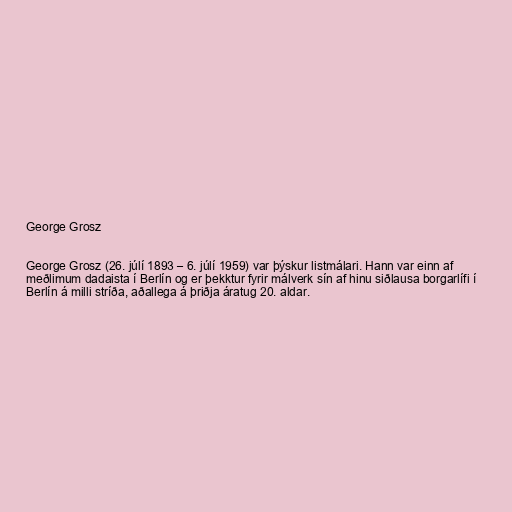
George Grosz

George Grosz (26. júlí 1893 – 6. júlí 1959) var þýskur listmálari. Hann var einn af
meðlimum dadaista í Berlín og er þekktur fyrir málverk sín af hinu siðlausa borgarlífi í
Berlín á milli stríða, aðallega á þriðja áratug 20. aldar.